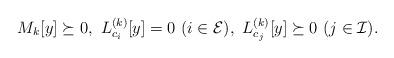
LaTeX: \begin{align*} M_{k}[y] \succeq 0, ~L_{c_i}^{(k)}[y] = 0~ (i\in \mathcal{E}), ~L_{c_j}^{(k)}[y] \succeq 0~(j \in \mathcal{I}).\end{align*}